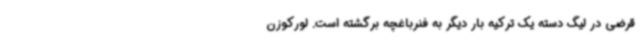
قرضی در لیگ دسته یک ترکیه بار دیگر به فنرباغچه برگشته است. لورکوزن